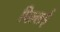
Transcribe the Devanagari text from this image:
पिल्‍लई